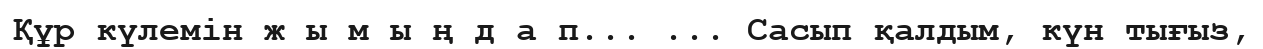
Құр күлемін ж ы м ы ң д а п... ... Сасып қалдым, күн тығыз,